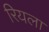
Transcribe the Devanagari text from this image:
रियला